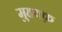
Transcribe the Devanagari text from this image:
मुहक्क़